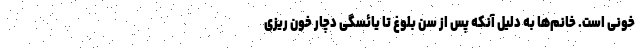
خونی است. خانم‌ها به دلیل آنکه پس از سن بلوغ تا یائسگی دچار خون ریزی